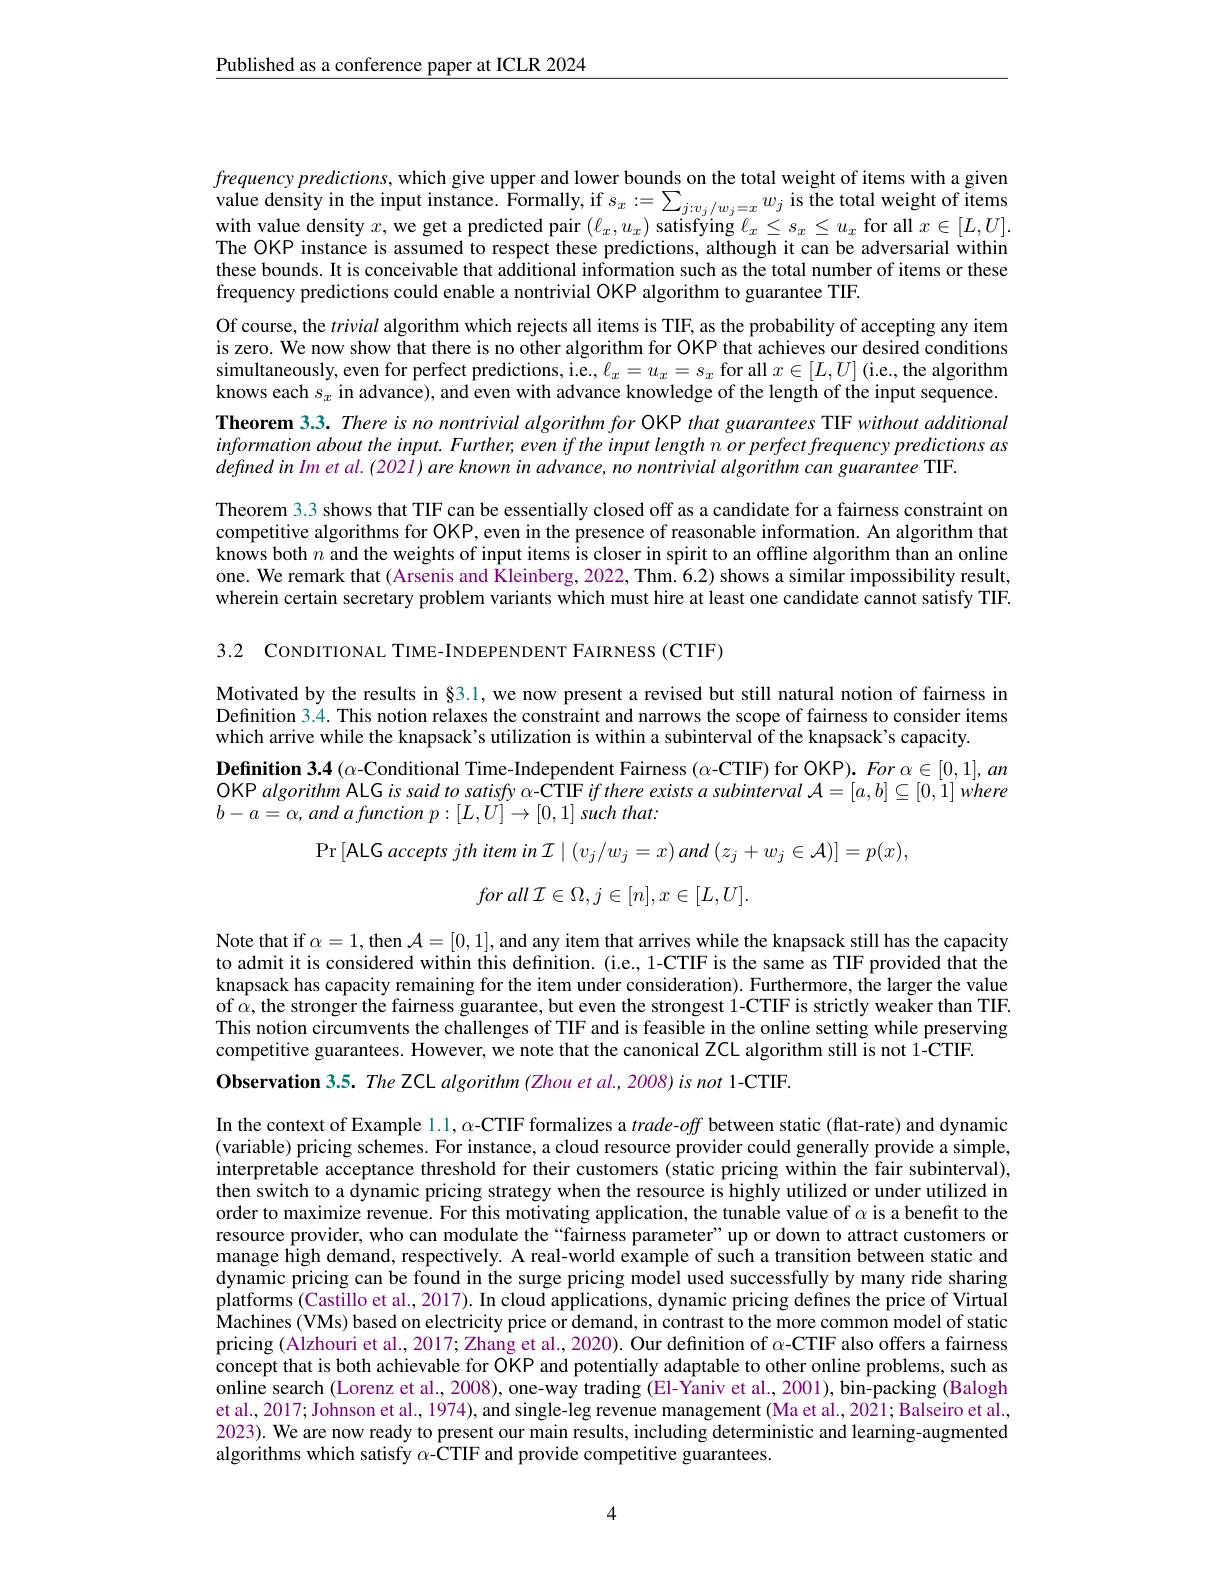
$\underline{\text{Published as a conference paper at ICLR 2024}}$

$frequencypredictions$, which give upper and lower bounds on the total weight of items with a given value density in the input instance. Formally, if $s_x:=\sum_{j:v_j/w_j=x}w_j$ is the total weight of items with value density $x$, we get a predicted pair $(\ell_x,u_x)$ satisfying $\ell_x\leq s_x\leq u_x$ for all $x\in[L,U].$ The OKP instance is assumed to respect these predictions, although it can be adversarial within these bounds. It is conceivable that additional information such as the total number of items or these frequency predictions could enable a nontrivial OKP algorithm to guarantee TIF.
Of course, the trivial algorithm which rejects all items is TIF, as the probability of accepting any item is zero. We now show that there is no other algorithm for OKP that achieves our desired conditions simultaneously, even for perfect predictions, i.e., $\ell_x=u_x=s_x$ for all $x\in[L,U]$ (i.e., the algorithm knows each $s_x$ in advance), and even with advance knowledge of the length of the input sequence. Theorem 3.3. There is no nontrivial algorithm for OKP that guarantees TIF without additional information about the input. Further, even if the input length n or perfect frequency predictions as $definedinImetal.(2021)areknowninadvance,nonontrivialalgorithmcanguarantee$TIF.
Theorem 3.3 shows that TIF can be essentially closed off as a candidate for a fairness constraint on competitive algorithms for OKP, even in the presence of reasonable information. An algorithm that knows both $n$ and the weights of input items is closer in spirit to an offline algorithm than an online one. We remark that (Arsenis and Kleinberg, 2022, Thm. 6.2) shows a similar impossibility result, wherein certain secretary problem variants which must hire at least one candidate cannot satisfy TIF.

3.2 CONDITIONAL TIME-INDEPENDENT FAIRNESS (CTIF)

Motivated by the results in §3.1, we now present a revised but still natural notion of fairness in Definition 3.4. This notion relaxes the constraint and narrows the scope of fairness to consider items which arrive while the knapsack's utilization is within a subinterval $\hat{\text{of the knapsack's capacity.}}$
$\textbf{Definition 3. 4( - Conditional Time- Independent Fairness( - CTIF) for OKP) . For }\alpha \in [ 0, 1] , an$ OKP algorithm ALG is said to satisfy α-CTIF if there exists a subinterval $\mathcal{A}=[a,b]\subseteq[0,1]$ where $b- a= \alpha , and$ afunction $p: [ L, U] \to [ 0, 1]$ such $that:$

$\Pr\left[\mathrm{ALG~accepts~jth~item~in}\mathcal{I}\mid(v_{j}/w_{j}=x)\:and\left(z_{j}+w_{j}\in\mathcal{A}\right)\right]=p(x)$,
$$for\:all\:\mathcal I\in\Omega,j\in[n],x\in[L,U].$$
Note that if $\alpha=1$, then $\mathcal{A}=[0,1]$, and any item that arrives while the knapsack still has the capacity to admit it is considered within this definition. (i.e., 1-CTIF is the same as TIF provided that the knapsack has capacity remaining for the item under consideration). Furthermore, the larger the value of $\hat{\alpha}$,the stronger the fairness guarantee, but even the strongest 1-CTIF is strictly weaker than TIF. This notion circumvents the challenges of TIF and is feasible in the online setting while preserving competitive guarantees. However, we note that the canonical ZCL algorithm still is not 1-CTIF.
Observation $3.5.The$ ZCL algorithm (Zhou et al., 2008) is not 1-CTIF.

In the context of Example 1.1, α-CTIF formalizes a $trade-off$ between static(flat-rate) and dynamic (variable) pricing schemes. For instance, a cloud resource provider could generally provide a simple, interpretable acceptance threshold for their customers (static pricing within the fair subinterval), then switch to a dynamic pricing strategy when the resource is highly utilized or under utilized in order to maximize revenue. For this motivating application, the tunable value of $\alpha$ is a benefit to the resource provider, who can modulate the “fairness parameter”up or down to attract customers or manage high demand, respectively. A real-world example of such a transition between static and dynamic pricing can be found in the surge pricing model used successfully by many ride sharing platforms (Castillo et al., 2017). In cloud applications, dynamic pricing defines the price of Virtual Machines (VMs) based on electricity price or demand, in contrast to the more common model of static pricing (Alzhouri et al., 2017; Zhang et al., 2020). Our definition of $\alpha$-CTIF also offers a fairness concept that is both achievable for OKP and potentially adaptable to other online problems, such as online search (Lorenz et al., 2008), one-way trading (El-Yaniv et al., 2001), bin-packing (Balogh et al., 2017; Johnson et al., 1974), and single-leg revenue management (Ma et al., 2021; Balseiro et al., 2023). We are now ready to present our main results, including deterministic and learning-augmented algorithms which satisfy $\alpha$-CTIF and provide competitive guarantees.